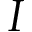
I